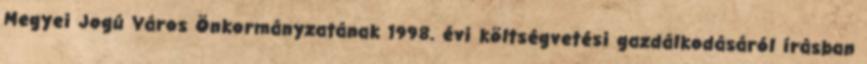
Megyei Jogú Város Önkormányzatának 1998. évi költségvetési gazdálkodásáról írásban